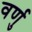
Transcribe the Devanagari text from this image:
वर्णु